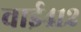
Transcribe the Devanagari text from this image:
वाई४१२